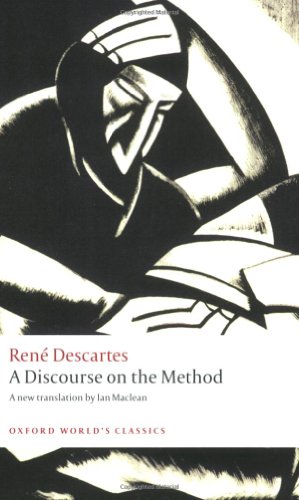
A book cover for A Discourse on the Method (Oxford World's Classics); RenÃ© Descartes; Politics & Social Sciences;